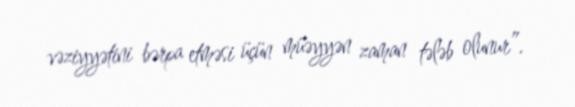
vəziyyətini bərpa etməsi üçün müəyyən zaman tələb olunur”.